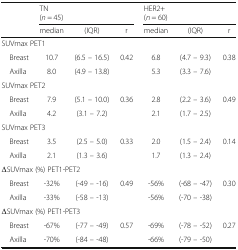
<table><thead><tr><td rowspan="2"></td><td colspan="3"><b>TN(<i>n</i> = 45)</b></td><td colspan="3"><b>HER2+(<i>n</i> = 60)</b></td></tr><tr><td><b>median</b></td><td><b>(IQR)</b></td><td><b>r</b></td><td><b>median</b></td><td><b>(IQR)</b></td><td><b>r</b></td></tr></thead><tbody><tr><td colspan="7">SUVmax PET1</td></tr><tr><td> Breast</td><td>10.7</td><td>(6.5 – 16.5)</td><td>0.42</td><td>6.8</td><td>(4.7 – 9.3)</td><td>0.38</td></tr><tr><td> Axilla</td><td>8.0</td><td>(4.9 – 13.8)</td><td></td><td>5.3</td><td>(3.3 – 7.6)</td><td></td></tr><tr><td colspan="7">SUVmax PET2</td></tr><tr><td> Breast</td><td>7.9</td><td>(5.1 – 10.0)</td><td>0.36</td><td>2.8</td><td>(2.2 – 3.6)</td><td>0.49</td></tr><tr><td> Axilla</td><td>4.2</td><td>(3.1 – 7.2)</td><td></td><td>2.1</td><td>(1.7 – 2.5)</td><td></td></tr><tr><td colspan="7">SUVmax PET3</td></tr><tr><td> Breast</td><td>3.5</td><td>(2.5 – 5.0)</td><td>0.33</td><td>2.0</td><td>(1.5 – 2.4)</td><td>0.14</td></tr><tr><td> Axilla</td><td>2.1</td><td>(1.3 – 3.6)</td><td></td><td>1.7</td><td>(1.3 – 2.4)</td><td></td></tr><tr><td colspan="7">ΔSUVmax (%) PET1-PET2</td></tr><tr><td> Breast</td><td>-32%</td><td>(-49 – -16)</td><td>0.49</td><td>-56%</td><td>(-68 – -47)</td><td>0.30</td></tr><tr><td> Axilla</td><td>-33%</td><td>(-58 – -13)</td><td></td><td>-56%</td><td>(-70 – -38)</td><td></td></tr><tr><td colspan="7">ΔSUVmax (%) PET1-PET3</td></tr><tr><td> Breast</td><td>-67%</td><td>(-77 – -49)</td><td>0.57</td><td>-69%</td><td>(-78 – -52)</td><td>0.27</td></tr><tr><td> Axilla</td><td>-70%</td><td>(-84 – -48)</td><td></td><td>-66%</td><td>(-79 – -50)</td><td></td></tr></tbody></table>